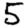
Digit: 5